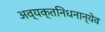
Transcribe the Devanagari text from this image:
अव्यक्तनिधनान्येव